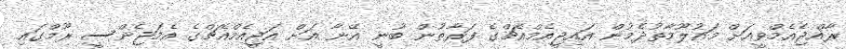
ރާއްޖެއެމްވީއަށް މައުލޫމާތުދެމުން އައިޖީއެމްއެޗްގެ ފަރާތުން ބުނީ އޭނާ އަށް އަޖީއެމްއެޗްގެ އެމަޖެންސީ ރޫމްގައި